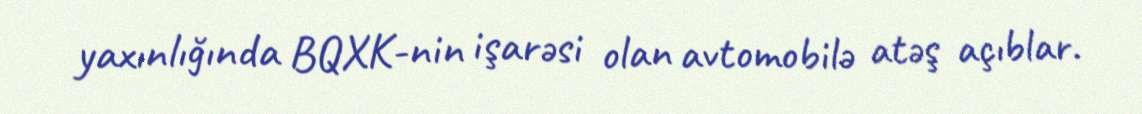
yaxınlığında BQXK-nin işarəsi olan avtomobilə atəş açıblar.